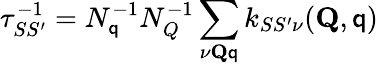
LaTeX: \tau_{SS^{\prime}}^{-1}=N_{\mathsf{q}}^{-1}N_{Q}^{-1}\sum_{\nu\mathbf{{Q}}\mathbf{{\mathsf{q}}}}k_{SS^{\prime}\nu}(\mathbf{{Q}},\mathbf{{\mathsf{q}}})